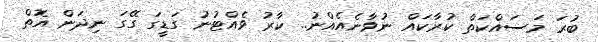
ބުރަ މަސައްކަތް ކުރާކައް ނުވާނެއެއްނު.. ކާރު ވެއްޓުނު ގަޑީގަ ގޭގަ ނިދަން އޮތް